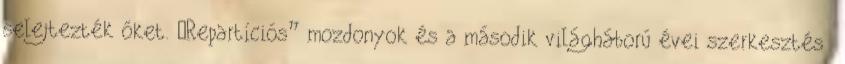
selejtezték őket. „Repartíciós” mozdonyok és a második világháború évei szerkesztés